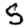
Digit: 5